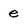
Character: e